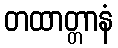
တထာတ္တာနံ